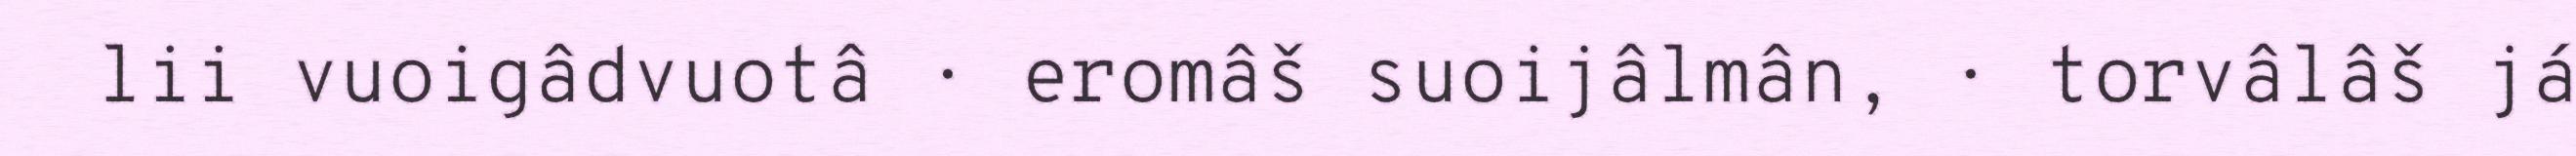
lii vuoigâdvuotâ · eromâš suoijâlmân, · torvâlâš já